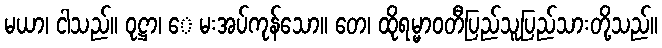
မယာ၊ ငါသည်။ ဝုဋ္ဌာ၊ ေ မးအပ်ကုန်သော။ တေ၊ ထိုရမ္မာဝတီပြည်သူပြည်သားတို့သည်။